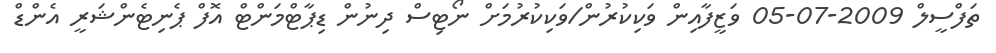
ތަފްސީލް 2009-07-05 ވަޒީފާއިން ވަކިކުރުން/ވަކިކުރުމަށް ނޯޓިސް ދިނުން ޑިޕާޓްމަންޓް އޮފް ޕެނިޓެންޝަރީ އެންޑް